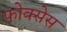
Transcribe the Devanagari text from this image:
फोक्सेस